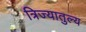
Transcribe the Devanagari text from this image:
त्रिज्यातुल्य